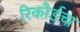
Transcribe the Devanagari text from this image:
रिकौर्डचा